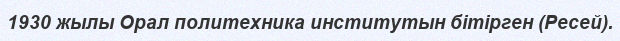
1930 жылы Орал политехника институтын бітірген (Ресей).